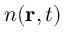
n ( \mathbf { r } , t )